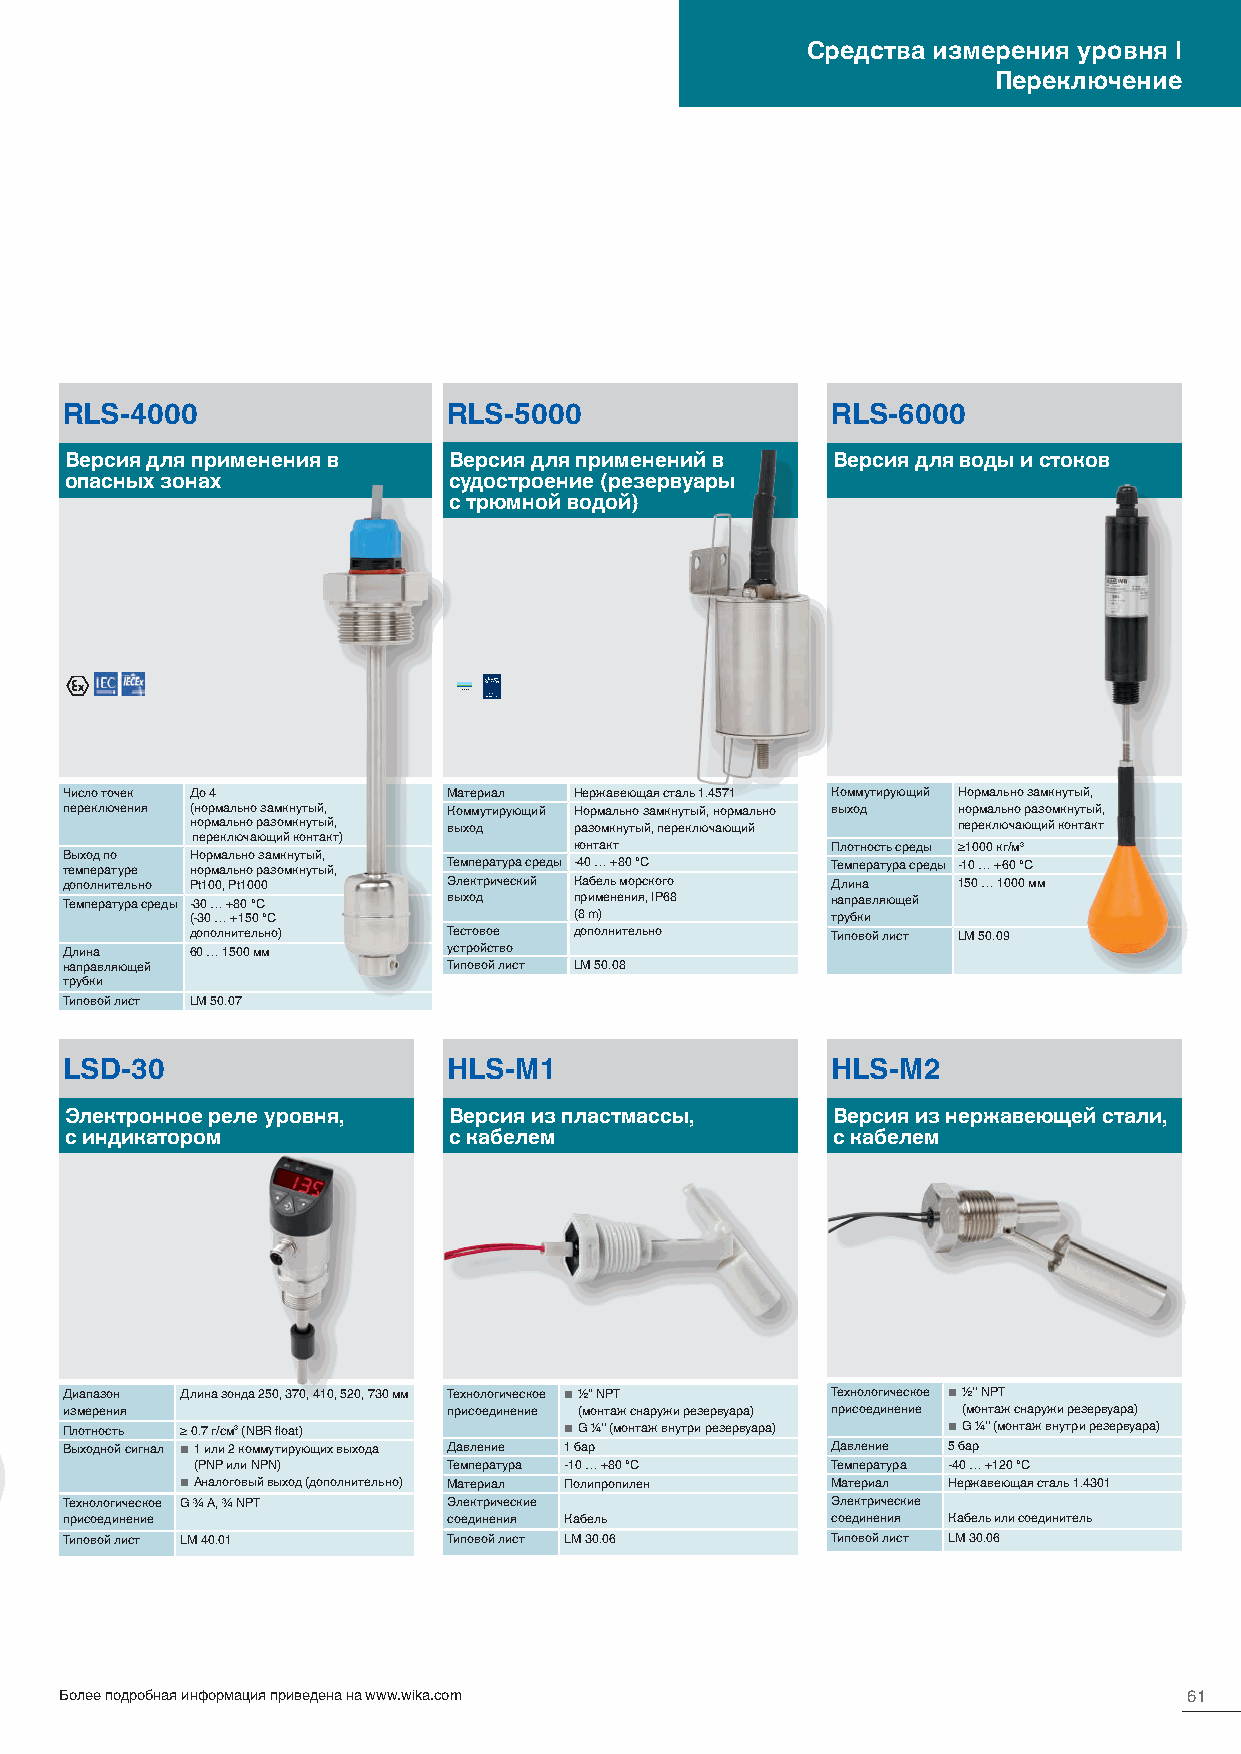
Средства измерения уровня |
 Переключение
 RLS-4000                  RLS-5000                 RLS-6000
 Версия для применения в   Версия для применений в  Версия для воды и стоков
 опасных зонах             судостроение (резервуары
 с трюмной водой)
 APPTRYOPEVED
 Число точек До 4          Материал Нержавеющая сталь 1.4571 Коммутирующий Нормально замкнутый,
 переключения (нормально замкнутый, Коммутирующий Нормально замкнутый, нормально выход нормально разомкнутый,
 нормально разомкнутый, выход разомкнутый, переключающий переключающий контакт
 переключающий контакт)
 контакт          Плотность среды ≥1000 кг/м3
 Выход по Нормально замкнутый,
 температуре нормально разомкнутый, Температура среды -40 … +80 °C Температура среды -10 … +60 °C
 дополнительно Pt100, Pt1000 Электрический Кабель морского Длина 150 … 1000 мм
 Температура среды -30 … +80 °C выход применения, IP68 направляющей
 (-30 … +150 °C           (8 m)            трубки
 дополнительно)   Тестовое дополнительно   Типовой лист LM 50.09
 Длина    60 … 1500 мм     устройство
 направляющей              Типовой лист LM 50.08
 трубки
 Типовой лист LM 50.07
 LSD-30                    HLS-M1                   HLS-M2
 Электронное реле уровня,  Версия из пластмассы,    Версия из нержавеющей стали,
 с индикатором             с кабелем                с кабелем
 Диапазон Длина зонда 250, 370, 410, 520, 730 мм Технологическое ■ ½" NPT Технологическое ■ ½" NPT
 измерения                 присоединение (монтаж снаружи резервуара) присоединение (монтаж снаружи резервуара)
 Плотность ≥ 0.7 г/см3 (NBR float) ■ G ¼" (монтаж внутри резервуара) ■ G ¼" (монтаж внутри резервуара)
 Выходной сигнал ■ 1 или 2 коммутирующих выхода Давление 1 бар Давление 5 бар
 (PNP или NPN)    Температура -10 … +80 °C Температура -40 … +120 °C
 ■ Аналоговый выход (дополнительно) Материал Полипропилен Материал Нержавеющая сталь 1.4301
 Технологическое G ¾ A, ¾ NPT Электрические         Электрические
 присоединение             соединения Кабель        соединения Кабель или соединитель
 Типовой лист LM 40.01     Типовой лист LM 30.06    Типовой лист LM 30.06
 Более подробная информация приведена на www.wika.com                       61